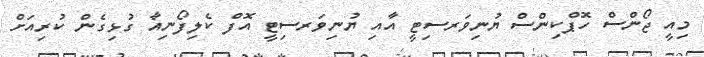
މިއީ ޖޯންސް ހޮޕްކިންސް ޔުނިވަރސިޓީ އާއި ޔުނިވަރސިޓީ އޮފް ކެލިފޯނިއާ ގުޅިގެން ކުރިއަށް